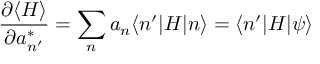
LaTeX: { \frac { \partial \langle H \rangle } { \partial a _ { n ^ { \prime } } ^ { * } } } = \sum _ { n } a _ { n } \langle n ^ { \prime } | H | n \rangle = \langle n ^ { \prime } | H | \psi \rangle